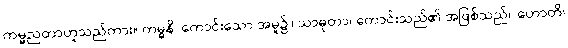
ကမ္မညတာဟူသည်ကား။ ကမ္မနိ၊ ကောင်းသော အမူ၌။ သာဓုတာ၊ ကောင်းသည်၏ အဖြစ်သည်။ ဟောတိ၊